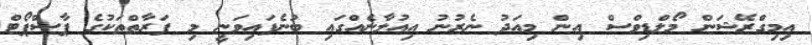
އިމިގްރޭޝަން މޯލްޑިވްސް އިން މިއަދު ނެރުނު އިއުލާނެއްގައި ބުނެފައިވަނީ މި ފަރާތްތަކުގެ ޕާސްޕޯޓް